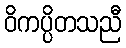
ဝိကပ္ပိတသညီ